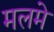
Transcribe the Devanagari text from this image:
मलमे